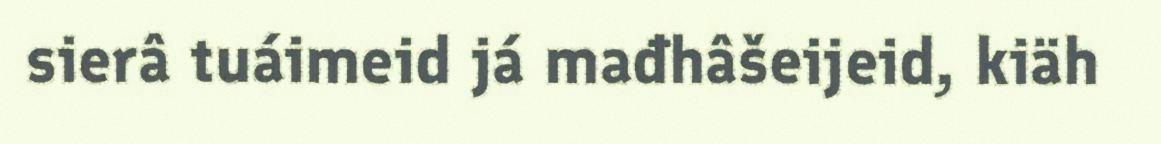
sierâ tuáimeid já mađhâšeijeid, kiäh